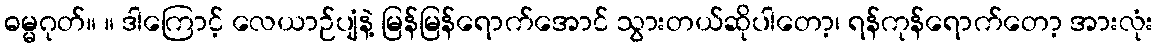
ဓမ္မဂုတ်။ ။ ဒါကြောင့် လေယာဉ်ပျံနဲ့ မြန်မြန်ရောက်အောင် သွားတယ်ဆိုပါတော့၊ ရန်ကုန်ရောက်တော့ အားလုံး